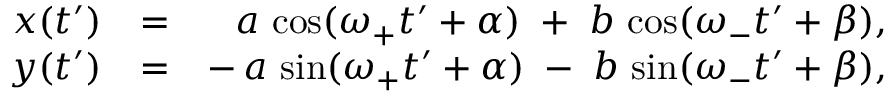
\begin{array} { r l r } { x ( t ^ { \prime } ) } & { = } & { a \, \cos ( \omega _ { + } t ^ { \prime } + \alpha ) \; + \; b \, \cos ( \omega _ { - } t ^ { \prime } + \beta ) , } \\ { y ( t ^ { \prime } ) } & { = } & { - \, a \, \sin ( \omega _ { + } t ^ { \prime } + \alpha ) \; - \; b \, \sin ( \omega _ { - } t ^ { \prime } + \beta ) , } \end{array}